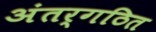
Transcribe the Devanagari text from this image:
अंतर्गठित